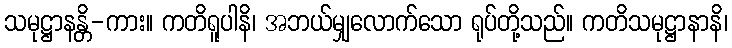
သမုဋ္ဌာနန္တိ-ကား။ ကတိရူပါနိ၊ အဘယ်မျှလောက်သော ရုပ်တို့သည်။ ကတိသမုဋ္ဌာနာနိ၊